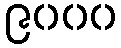
၉၀၀၀